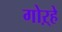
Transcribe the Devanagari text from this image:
गोऱ्हे